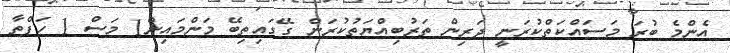
އެންމެ ބުރަ މަސައްކަތްކުރަނީ ދަރިން ތަރުބިއްޔަތުކުރަން ގޭގައިތިބޭ މަންމައިން1 މަސް 1 ހަފްތާ